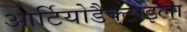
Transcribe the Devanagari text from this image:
आर्टियोडैक्टाइला